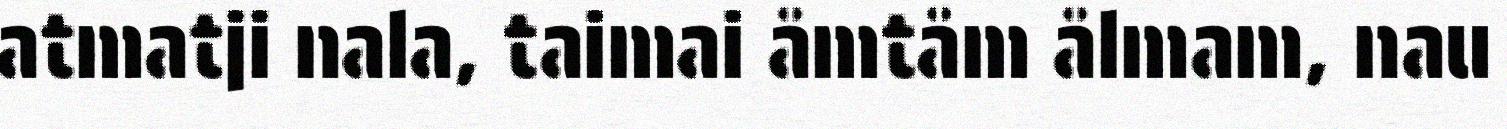
atmatji nala, taimai åmtåm ålmam, nau